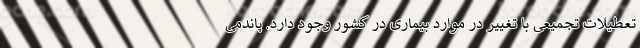
تعطیلات تجمیعی با تغییر در موارد بیماری در کشور وجود دارد. پاندمی